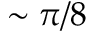
\sim \pi / 8